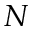
N